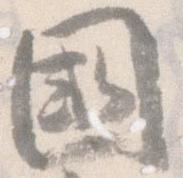
国